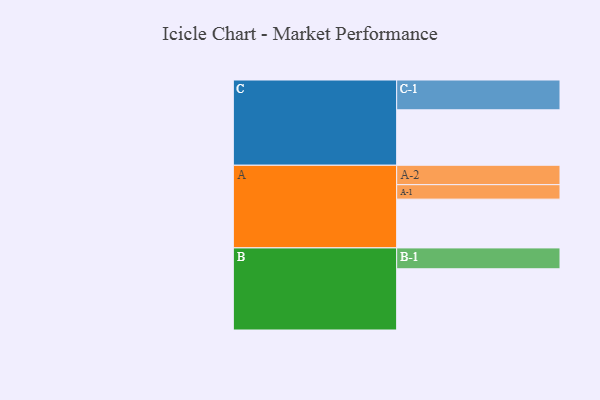
{"axis": {"x": "Segment", "y": "Value"}, "legend": ["", "A", "B", "C"], "data": [{"x": "A", "y": 337, "type": ""}, {"x": "B", "y": 423, "type": ""}, {"x": "C", "y": 383, "type": ""}, {"x": "A-1", "y": 100, "type": "A"}, {"x": "A-2", "y": 134, "type": "A"}, {"x": "B-1", "y": 144, "type": "B"}, {"x": "C-1", "y": 206, "type": "C"}]}